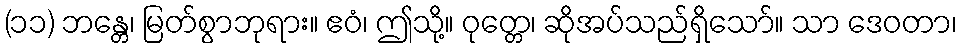
(၁၁) ဘန္တေ၊ မြတ်စွာဘုရား။ ဧဝံ၊ ဤသို့။ ဝုတ္တေ၊ ဆိုအပ်သည်ရှိသော်။ သာ ဒေဝတာ၊